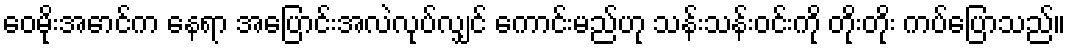
ဝေမိုးအောင်က နေရာ အပြောင်းအလဲလုပ်လျှင် ကောင်းမည်ဟု သန်းသန်းဝင်းကို တိုးတိုး ကပ်ပြောသည်။